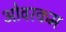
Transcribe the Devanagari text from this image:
ओवरकम